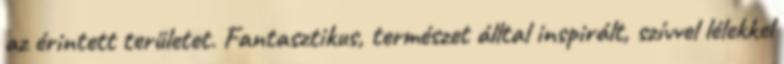
az érintett területet. Fantasztikus, természet álltal inspirált, szívvel lélekkel